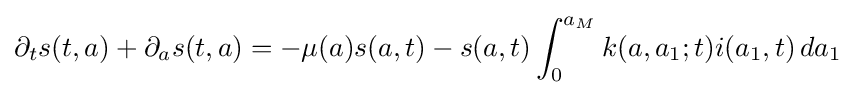
\partial _{t}s(t,a)+\partial _{a}s(t,a)=-\mu (a)s(a,t)-s(a,t)\int _{0}^{a_{M}}k(a,a_{1};t)i(a_{1},t)\,da_{1}